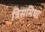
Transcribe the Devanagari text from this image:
त्रिसमिधा